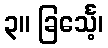
၃။ ခြင်္သေ့၊